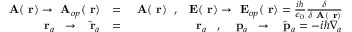
\begin{array} { r l r } { \mathrm { \bf ~ A } ( \mathrm { \bf ~ r } ) \to \mathrm { \bf ~ A } _ { o p } ( \mathrm { \bf ~ r } ) } & { = } & { \mathrm { \bf ~ A } ( \mathrm { \bf ~ r } ) \; \; , \; \; \mathrm { \bf ~ E } ( \mathrm { \bf ~ r } ) \to \mathrm { \bf ~ E } _ { o p } ( \mathrm { \bf ~ r } ) = \frac { i \hbar } { \epsilon _ { 0 } } \frac { \delta } { \delta \mathrm { \bf ~ A } ( \mathrm { \bf ~ r } ) } } \\ { \mathrm { \bf ~ r } _ { a } \; \; \to \; \; \hat { \mathrm { \bf ~ r } } _ { a } } & { = } & { { \mathrm { \bf ~ r } _ { a } } \; \; \; , \; \; \; \mathrm { \bf ~ p } _ { a } \; \; \to \; \; \hat { \mathrm { \bf ~ p } } _ { a } = - i \hbar \nabla _ { a } } \end{array}